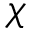
\chi